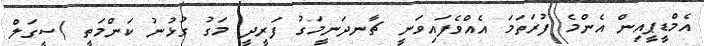
އެމްޑީޕީއިން އެންމެ ފުރަތަމަ އެއްވެފައިވަނީ ޗާނދަނީމަގު ފަރީދީ މަގު ގުޅުނު ކަންމަތީ (ސީގަލް